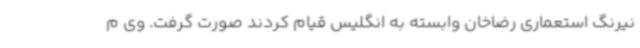
نیرنگ استعماری رضاخان وابسته به انگلیس قیام کردند صورت گرفت. وی م